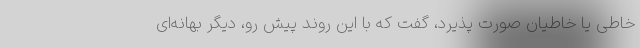
خاطی یا خاطیان صورت پذیرد، گفت که با این روند پیش ‌رو، دیگر بهانه‌ای